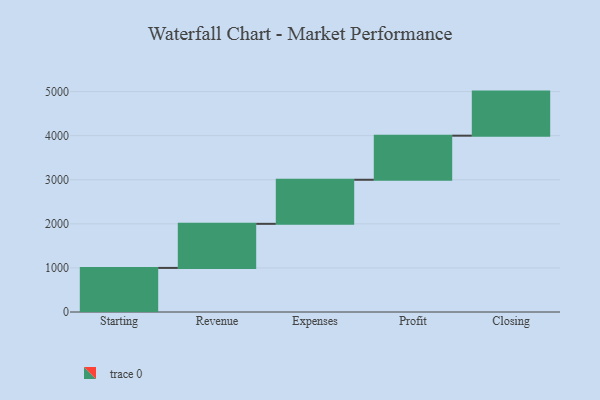
{"axis": {"x": "Step", "y": "Value"}, "legend": [""], "data": [{"x": "Starting", "y": 1000, "type": ""}, {"x": "Revenue", "y": 1000, "type": ""}, {"x": "Expenses", "y": 1000, "type": ""}, {"x": "Profit", "y": 1000, "type": ""}, {"x": "Closing", "y": 1000, "type": ""}]}